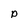
Character: p